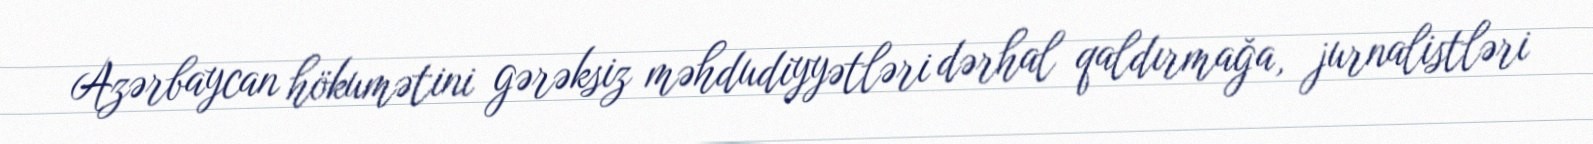
Azərbaycan hökumətini gərəksiz məhdudiyyətləri dərhal qaldırmağa, jurnalistləri